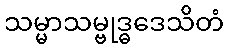
သမ္မာသမ္ဗုဒ္ဓဒေသိတံ